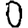
Digit: 0